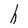
Character: h